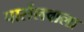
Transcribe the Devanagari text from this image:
पार्सलवाला